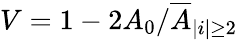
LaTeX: V=1-{2A_{0}}/{\overline{{A}}_{|i|\geq 2}}